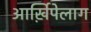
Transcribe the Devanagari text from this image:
आर्ख़िपेलाग